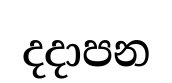
දදාපන